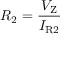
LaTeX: R _ { 2 } = { \frac { V _ { \mathrm { Z } } } { I _ { \mathrm { R 2 } } } }